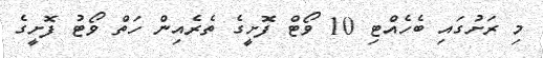
މި ރަށުގައި ބެހެއްޓި 10 ވޯޓް ފޮށީގެ ތެރެއިން ހަތް ވޯޓު ފޮށީގެ